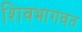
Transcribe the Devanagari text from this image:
शिवभागवत